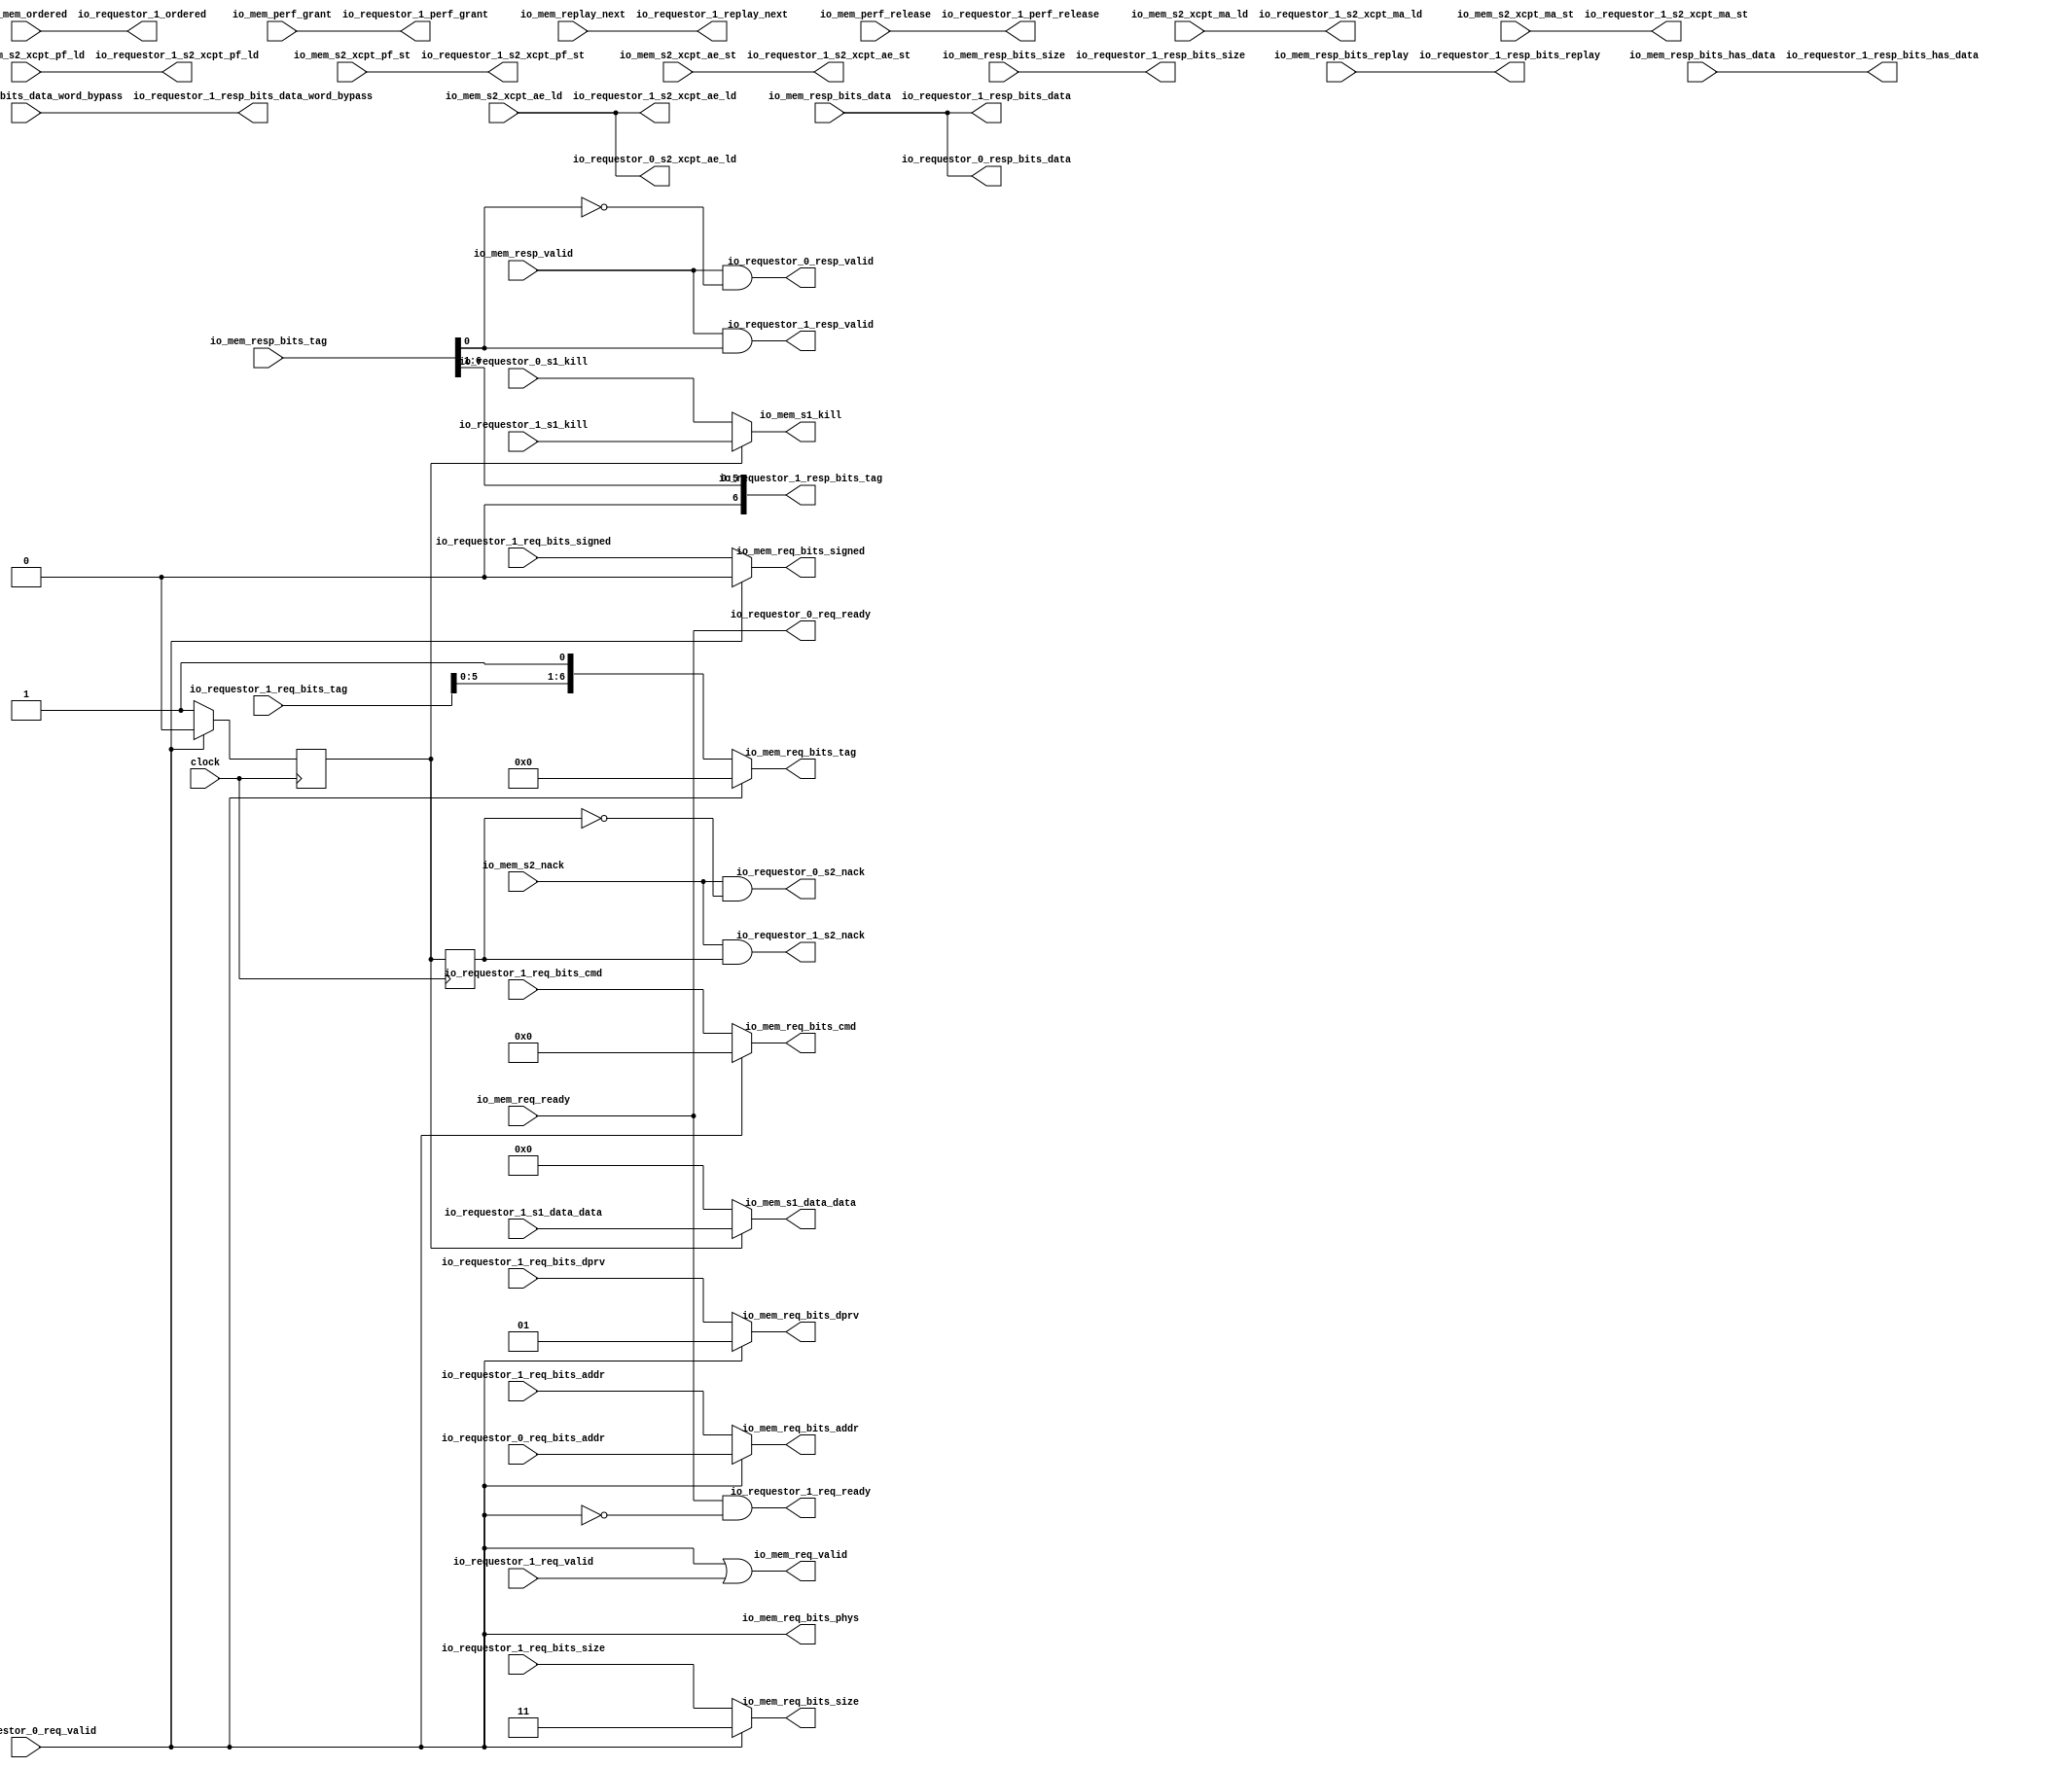
module HellaCacheArbiter(
  input         clock,
  output        io_requestor_0_req_ready,
  input         io_requestor_0_req_valid,
  input  [39:0] io_requestor_0_req_bits_addr,
  input         io_requestor_0_s1_kill,
  output        io_requestor_0_s2_nack,
  output        io_requestor_0_resp_valid,
  output [63:0] io_requestor_0_resp_bits_data,
  output        io_requestor_0_s2_xcpt_ae_ld,
  output        io_requestor_1_req_ready,
  input         io_requestor_1_req_valid,
  input  [39:0] io_requestor_1_req_bits_addr,
  input  [6:0]  io_requestor_1_req_bits_tag,
  input  [4:0]  io_requestor_1_req_bits_cmd,
  input  [1:0]  io_requestor_1_req_bits_size,
  input         io_requestor_1_req_bits_signed,
  input  [1:0]  io_requestor_1_req_bits_dprv,
  input         io_requestor_1_s1_kill,
  input  [63:0] io_requestor_1_s1_data_data,
  output        io_requestor_1_s2_nack,
  output        io_requestor_1_resp_valid,
  output [6:0]  io_requestor_1_resp_bits_tag,
  output [1:0]  io_requestor_1_resp_bits_size,
  output [63:0] io_requestor_1_resp_bits_data,
  output        io_requestor_1_resp_bits_replay,
  output        io_requestor_1_resp_bits_has_data,
  output [63:0] io_requestor_1_resp_bits_data_word_bypass,
  output        io_requestor_1_replay_next,
  output        io_requestor_1_s2_xcpt_ma_ld,
  output        io_requestor_1_s2_xcpt_ma_st,
  output        io_requestor_1_s2_xcpt_pf_ld,
  output        io_requestor_1_s2_xcpt_pf_st,
  output        io_requestor_1_s2_xcpt_ae_ld,
  output        io_requestor_1_s2_xcpt_ae_st,
  output        io_requestor_1_ordered,
  output        io_requestor_1_perf_release,
  output        io_requestor_1_perf_grant,
  input         io_mem_req_ready,
  output        io_mem_req_valid,
  output [39:0] io_mem_req_bits_addr,
  output [6:0]  io_mem_req_bits_tag,
  output [4:0]  io_mem_req_bits_cmd,
  output [1:0]  io_mem_req_bits_size,
  output        io_mem_req_bits_signed,
  output [1:0]  io_mem_req_bits_dprv,
  output        io_mem_req_bits_phys,
  output        io_mem_s1_kill,
  output [63:0] io_mem_s1_data_data,
  input         io_mem_s2_nack,
  input         io_mem_resp_valid,
  input  [6:0]  io_mem_resp_bits_tag,
  input  [1:0]  io_mem_resp_bits_size,
  input  [63:0] io_mem_resp_bits_data,
  input         io_mem_resp_bits_replay,
  input         io_mem_resp_bits_has_data,
  input  [63:0] io_mem_resp_bits_data_word_bypass,
  input         io_mem_replay_next,
  input         io_mem_s2_xcpt_ma_ld,
  input         io_mem_s2_xcpt_ma_st,
  input         io_mem_s2_xcpt_pf_ld,
  input         io_mem_s2_xcpt_pf_st,
  input         io_mem_s2_xcpt_ae_ld,
  input         io_mem_s2_xcpt_ae_st,
  input         io_mem_ordered,
  input         io_mem_perf_release,
  input         io_mem_perf_grant
);
`ifdef RANDOMIZE_REG_INIT
  reg [31:0] _RAND_0;
  reg [31:0] _RAND_1;
`endif // RANDOMIZE_REG_INIT
  reg  s2_id_x1; // @[HellaCacheArbiter.scala 19:20]
  reg  s2_id; // @[HellaCacheArbiter.scala 20:20]
  wire [7:0] _io_mem_req_bits_tag_T = {io_requestor_1_req_bits_tag,1'h1}; // @[Cat.scala 29:58]
  wire [7:0] _GEN_1 = io_requestor_0_req_valid ? 8'h0 : _io_mem_req_bits_tag_T; // @[HellaCacheArbiter.scala 49:26 HellaCacheArbiter.scala 33:29 HellaCacheArbiter.scala 33:29]
  wire  _T = ~s2_id_x1; // @[HellaCacheArbiter.scala 50:21]
  wire  _T_1 = ~s2_id; // @[HellaCacheArbiter.scala 51:21]
  wire  tag_hit = ~(io_mem_resp_bits_tag[0]); // @[HellaCacheArbiter.scala 59:57]
  assign io_requestor_0_req_ready = io_mem_req_ready; // @[HellaCacheArbiter.scala 25:31]
  assign io_requestor_0_s2_nack = io_mem_s2_nack & _T_1; // @[HellaCacheArbiter.scala 64:49]
  assign io_requestor_0_resp_valid = io_mem_resp_valid & tag_hit; // @[HellaCacheArbiter.scala 60:39]
  assign io_requestor_0_resp_bits_data = io_mem_resp_bits_data; // @[HellaCacheArbiter.scala 69:17]
  assign io_requestor_0_s2_xcpt_ae_ld = io_mem_s2_xcpt_ae_ld; // @[HellaCacheArbiter.scala 61:31]
  assign io_requestor_1_req_ready = io_requestor_0_req_ready & (~io_requestor_0_req_valid); // @[HellaCacheArbiter.scala 27:64]
  assign io_requestor_1_s2_nack = io_mem_s2_nack & s2_id; // @[HellaCacheArbiter.scala 64:49]
  assign io_requestor_1_resp_valid = io_mem_resp_valid & (io_mem_resp_bits_tag[0]); // @[HellaCacheArbiter.scala 60:39]
  assign io_requestor_1_resp_bits_tag = {{1'd0}, io_mem_resp_bits_tag[6:1]}; // @[HellaCacheArbiter.scala 70:45]
  assign io_requestor_1_resp_bits_size = io_mem_resp_bits_size; // @[HellaCacheArbiter.scala 69:17]
  assign io_requestor_1_resp_bits_data = io_mem_resp_bits_data; // @[HellaCacheArbiter.scala 69:17]
  assign io_requestor_1_resp_bits_replay = io_mem_resp_bits_replay; // @[HellaCacheArbiter.scala 69:17]
  assign io_requestor_1_resp_bits_has_data = io_mem_resp_bits_has_data; // @[HellaCacheArbiter.scala 69:17]
  assign io_requestor_1_resp_bits_data_word_bypass = io_mem_resp_bits_data_word_bypass; // @[HellaCacheArbiter.scala 69:17]
  assign io_requestor_1_replay_next = io_mem_replay_next; // @[HellaCacheArbiter.scala 72:35]
  assign io_requestor_1_s2_xcpt_ma_ld = io_mem_s2_xcpt_ma_ld; // @[HellaCacheArbiter.scala 61:31]
  assign io_requestor_1_s2_xcpt_ma_st = io_mem_s2_xcpt_ma_st; // @[HellaCacheArbiter.scala 61:31]
  assign io_requestor_1_s2_xcpt_pf_ld = io_mem_s2_xcpt_pf_ld; // @[HellaCacheArbiter.scala 61:31]
  assign io_requestor_1_s2_xcpt_pf_st = io_mem_s2_xcpt_pf_st; // @[HellaCacheArbiter.scala 61:31]
  assign io_requestor_1_s2_xcpt_ae_ld = io_mem_s2_xcpt_ae_ld; // @[HellaCacheArbiter.scala 61:31]
  assign io_requestor_1_s2_xcpt_ae_st = io_mem_s2_xcpt_ae_st; // @[HellaCacheArbiter.scala 61:31]
  assign io_requestor_1_ordered = io_mem_ordered; // @[HellaCacheArbiter.scala 62:31]
  assign io_requestor_1_perf_release = io_mem_perf_release; // @[HellaCacheArbiter.scala 63:28]
  assign io_requestor_1_perf_grant = io_mem_perf_grant; // @[HellaCacheArbiter.scala 63:28]
  assign io_mem_req_valid = io_requestor_0_req_valid | io_requestor_1_req_valid; // @[HellaCacheArbiter.scala 24:63]
  assign io_mem_req_bits_addr = io_requestor_0_req_valid ? io_requestor_0_req_bits_addr : io_requestor_1_req_bits_addr; // @[HellaCacheArbiter.scala 49:26 HellaCacheArbiter.scala 32:25 HellaCacheArbiter.scala 32:25]
  assign io_mem_req_bits_tag = _GEN_1[6:0];
  assign io_mem_req_bits_cmd = io_requestor_0_req_valid ? 5'h0 : io_requestor_1_req_bits_cmd; // @[HellaCacheArbiter.scala 49:26 HellaCacheArbiter.scala 32:25 HellaCacheArbiter.scala 32:25]
  assign io_mem_req_bits_size = io_requestor_0_req_valid ? 2'h3 : io_requestor_1_req_bits_size; // @[HellaCacheArbiter.scala 49:26 HellaCacheArbiter.scala 32:25 HellaCacheArbiter.scala 32:25]
  assign io_mem_req_bits_signed = io_requestor_0_req_valid ? 1'h0 : io_requestor_1_req_bits_signed; // @[HellaCacheArbiter.scala 49:26 HellaCacheArbiter.scala 32:25 HellaCacheArbiter.scala 32:25]
  assign io_mem_req_bits_dprv = io_requestor_0_req_valid ? 2'h1 : io_requestor_1_req_bits_dprv; // @[HellaCacheArbiter.scala 49:26 HellaCacheArbiter.scala 32:25 HellaCacheArbiter.scala 32:25]
  assign io_mem_req_bits_phys = io_requestor_0_req_valid; // @[HellaCacheArbiter.scala 49:26 HellaCacheArbiter.scala 32:25 HellaCacheArbiter.scala 32:25]
  assign io_mem_s1_kill = _T ? io_requestor_0_s1_kill : io_requestor_1_s1_kill; // @[HellaCacheArbiter.scala 50:34 HellaCacheArbiter.scala 37:24 HellaCacheArbiter.scala 37:24]
  assign io_mem_s1_data_data = _T ? 64'h0 : io_requestor_1_s1_data_data; // @[HellaCacheArbiter.scala 50:34 HellaCacheArbiter.scala 38:24 HellaCacheArbiter.scala 38:24]
  always @(posedge clock) begin
    if (io_requestor_0_req_valid) begin // @[HellaCacheArbiter.scala 49:26]
      s2_id_x1 <= 1'h0; // @[HellaCacheArbiter.scala 34:15]
    end else begin
      s2_id_x1 <= 1'h1; // @[HellaCacheArbiter.scala 34:15]
    end
    s2_id <= s2_id_x1; // @[HellaCacheArbiter.scala 20:20]
  end
// Register and memory initialization
`ifdef RANDOMIZE_GARBAGE_ASSIGN
`define RANDOMIZE
`endif
`ifdef RANDOMIZE_INVALID_ASSIGN
`define RANDOMIZE
`endif
`ifdef RANDOMIZE_REG_INIT
`define RANDOMIZE
`endif
`ifdef RANDOMIZE_MEM_INIT
`define RANDOMIZE
`endif
`ifndef RANDOM
`define RANDOM $random
`endif
`ifdef RANDOMIZE_MEM_INIT
  integer initvar;
`endif
`ifndef SYNTHESIS
`ifdef FIRRTL_BEFORE_INITIAL
`FIRRTL_BEFORE_INITIAL
`endif
initial begin
  `ifdef RANDOMIZE
    `ifdef INIT_RANDOM
      `INIT_RANDOM
    `endif
    `ifndef VERILATOR
      `ifdef RANDOMIZE_DELAY
        #`RANDOMIZE_DELAY begin end
      `else
        #0.002 begin end
      `endif
    `endif
`ifdef RANDOMIZE_REG_INIT
  _RAND_0 = {1{`RANDOM}};
  s2_id_x1 = _RAND_0[0:0];
  _RAND_1 = {1{`RANDOM}};
  s2_id = _RAND_1[0:0];
`endif // RANDOMIZE_REG_INIT
  `endif // RANDOMIZE
end // initial
`ifdef FIRRTL_AFTER_INITIAL
`FIRRTL_AFTER_INITIAL
`endif
`endif // SYNTHESIS
endmodule